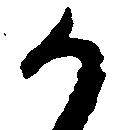
か